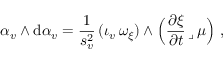
\alpha _ { v } \wedge \mathrm { d } \alpha _ { v } = \frac { 1 } { s _ { v } ^ { 2 } } \, ( \iota _ { v } \, \omega _ { \xi } ) \wedge \Big ( \frac { \partial \xi } { \partial t } \, \lrcorner \, \mu \Big ) \ ,